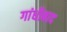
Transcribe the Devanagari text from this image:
गांधीबाद